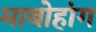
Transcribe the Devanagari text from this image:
माबोहांग